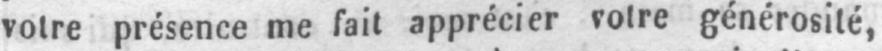
votre présence me fait apprécier votre générosité,